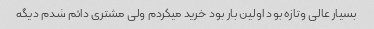
بسیار عالی وتازه بود اولین بار بود خرید میکردم ولی مشتری دائم شدم دیگه